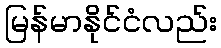
မြန်မာနိုင်ငံလည်း